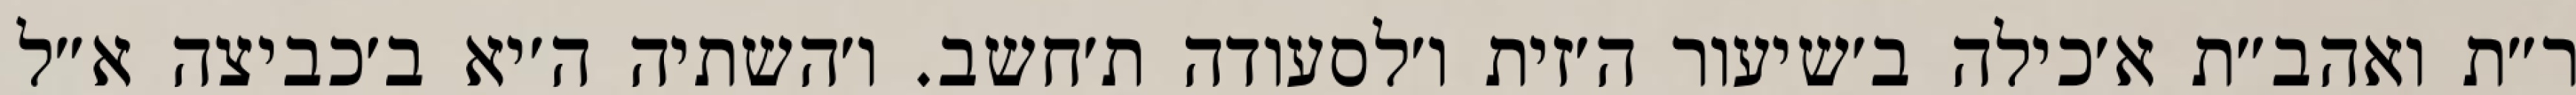
ר״ת ואהב״ת א׳כילה ב׳שיעור ה׳זית ו׳לסעודה ת׳חשב. ו׳השתיה ה׳יא ב׳כביצה א״ל